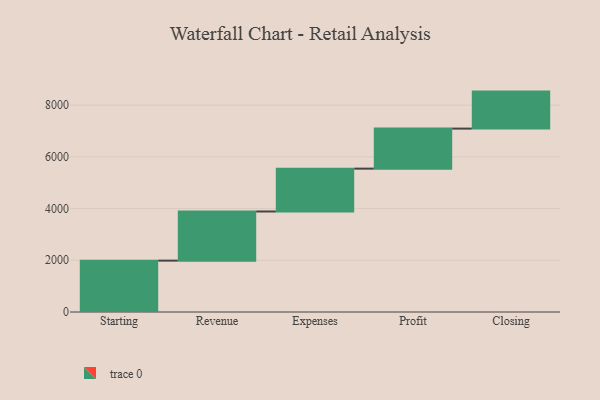
{"axis": {"x": "Step", "y": "Value"}, "legend": [""], "data": [{"x": "Starting", "y": 1987.0, "type": ""}, {"x": "Revenue", "y": 1901.0, "type": ""}, {"x": "Expenses", "y": 1657.0, "type": ""}, {"x": "Profit", "y": 1549.0, "type": ""}, {"x": "Closing", "y": 1431.0, "type": ""}]}